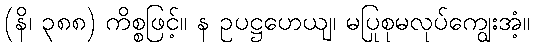
(နိ၊ ၃၈၈) ကိစ္စဖြင့်။ န ဥပဋ္ဌဟေယျ၊ မပြုစုမလုပ်ကျွေးအံ့။